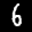
Label: 6